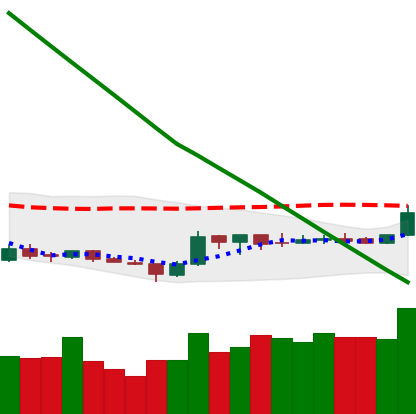
Ticker: ETC-USD
Chart end date: 2019-02-18
Forward return: 9.889%
Label: up_7plus